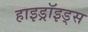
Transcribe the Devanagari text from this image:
हाइड्रॉइड्स